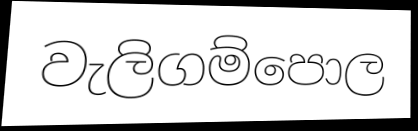
වැලිගම්පොල